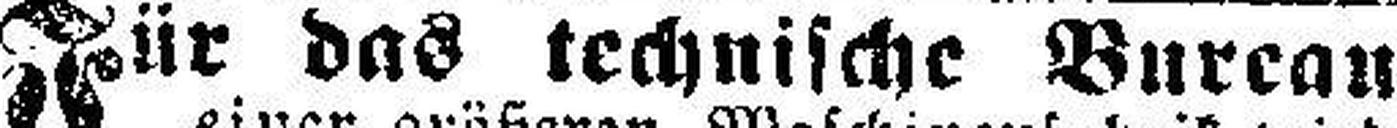
Für das technische Bureau